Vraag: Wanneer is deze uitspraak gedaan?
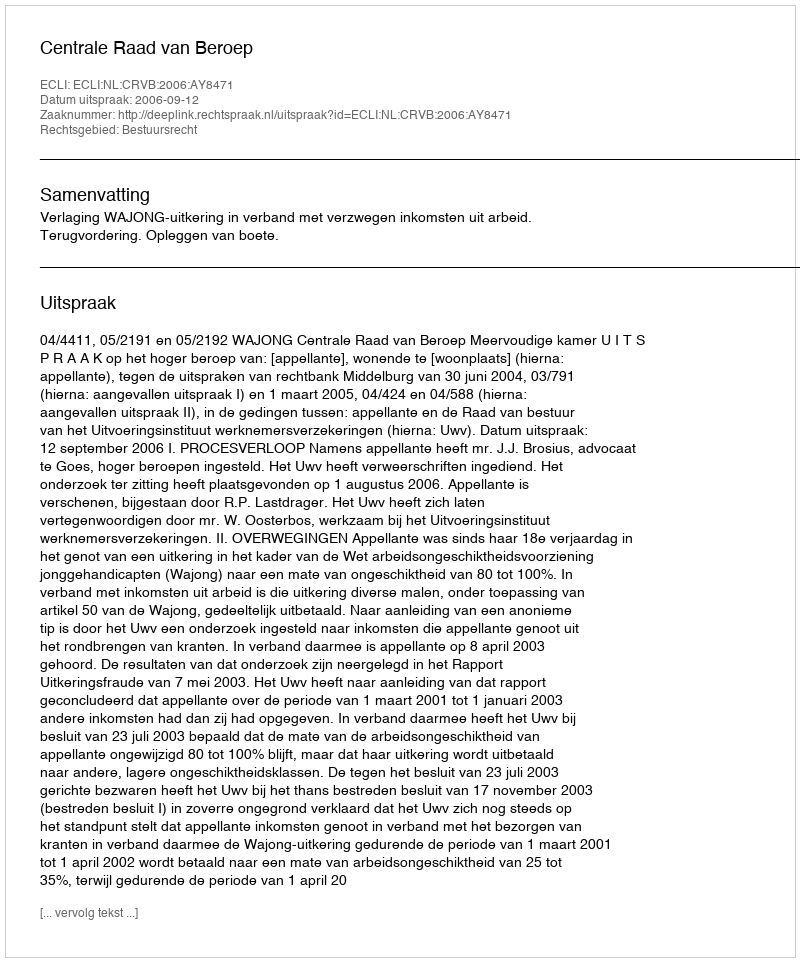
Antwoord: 2006-09-12